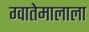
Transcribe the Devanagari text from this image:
ग्वातेमालाला